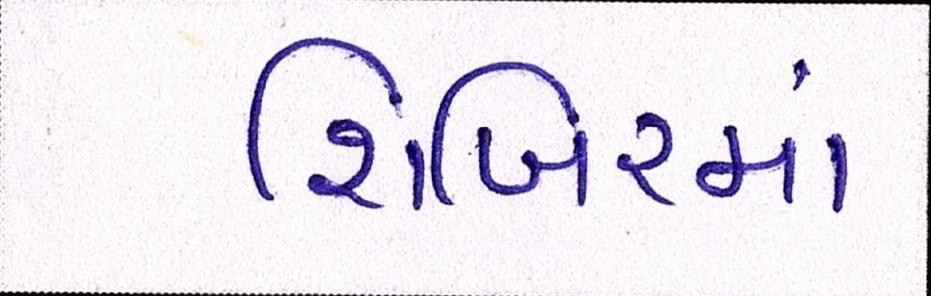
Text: શિબિરમાં